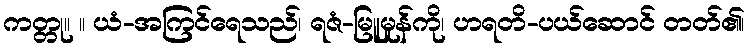
ကတ္တု။ ။ ယံ-အကြင်ရေသည်၊ ရဇံ-မြူမှုန်ကို၊ ဟရတိ-ပယ်ဆောင် တတ်၏၊